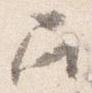
召